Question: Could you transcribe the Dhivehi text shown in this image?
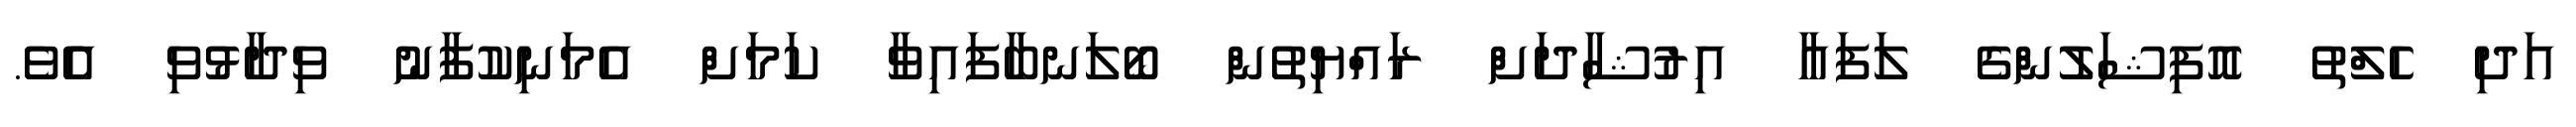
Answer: އަދި ހެލްތު އޮފިޝަލުންގެ ލަފައާ އިރުޝާދަށް ރައްޔިތުން ބޯލަނބާފައިވާ ކަމަށް އެމަނިކުފާނު ވިދާޅުވި އެެވެ.